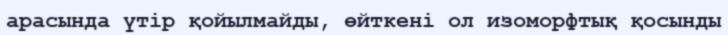
арасында үтір қойылмайды, өйткені ол изоморфтық қосынды